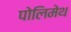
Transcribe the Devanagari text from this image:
पोलिमेथ